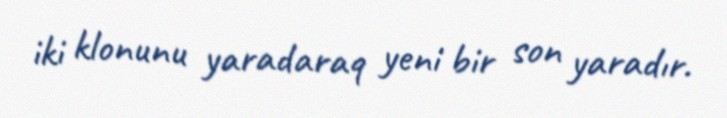
iki klonunu yaradaraq yeni bir son yaradır.